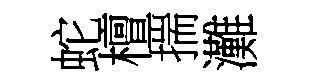
蛇檀揣灘